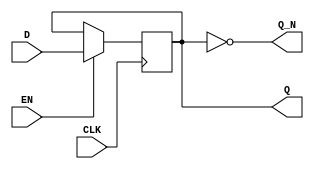
module edge_triggered_gated_latch (
    input wire D,      // Data input
    input wire EN,     // Enable signal
    input wire CLK,    // Clock signal
    output reg Q,      // Latch output
    output wire Q_N    // Complement of the output
);

    // Assign the complement of Q
    assign Q_N = ~Q;

    // Always block triggered on the rising edge of the clock
    always @(posedge CLK) begin
        if (EN) begin
            Q <= D;  // Latch the input data when enabled
        end
        // If EN is low, Q retains its previous value
    end

endmodule